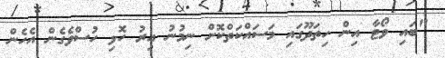
"ބައި ވޯޓާ އިން ހިތަދޫގައި މަސައްކަތްކޮށް ނިމުނު އިރު ހޮޅި ހުސްވެގެން އެހެން